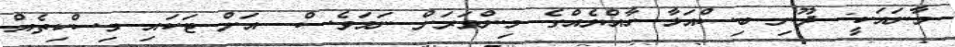
މާނައަކީ: ދޫނި ބިސްއަޅާ ހާއްޔެއްގެ މިންވަރަށް ނަމަވެސް  އަށް ޓަކައި މިސްކިތެއް